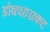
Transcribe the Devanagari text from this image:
डोक्यासकट